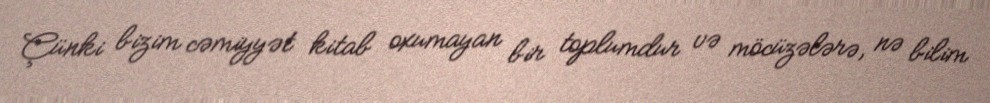
Çünki bizim cəmiyyət kitab oxumayan bir toplumdur və möcüzələrə, nə bilim